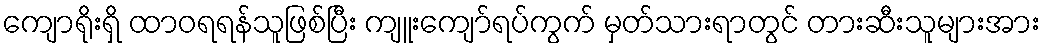
ကျောရိုးရှိ ထာဝရရန်သူဖြစ်ပြီး ကျူးကျော်ရပ်ကွက် မှတ်သားရာတွင် တားဆီးသူများအား